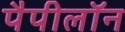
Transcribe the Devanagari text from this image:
पैपीलॉन